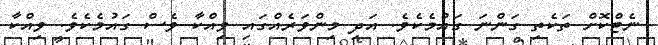
ނެޓްކޮށް ތަކެތި ގަންނަ ގައުމެކެވެ. އަދި މިންވަރެއްގައި ވިއްކާ ވެސް ގައުމެކެވެ. ވިއްކާ